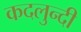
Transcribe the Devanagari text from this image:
कदलुन्दी